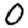
Digit: 0